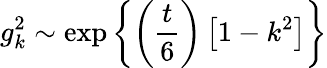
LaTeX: g_{k}^{2}\sim\mathrm{exp}\left\{ \left(\frac t6\right)\left[1-k^{2}\right]\right\}